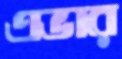
এভার